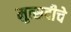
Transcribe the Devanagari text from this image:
मुत्सदीचे